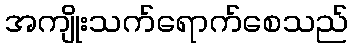
အကျိုးသက်ရောက်စေသည်